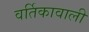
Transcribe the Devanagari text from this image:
वर्तिकावाली